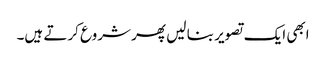
ابھی ایک تصویر بنا لیں پھر شروع کرتے ہیں۔